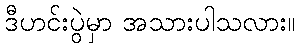
ဒီဟင်းပွဲမှာ အသားပါသလား။